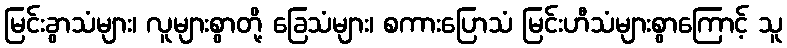
မြင်းခွာသံများ၊ လူများစွာတို့ ခြေသံများ၊ စကားပြောသံ မြင်းဟီသံများစွာကြောင့် သူ